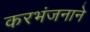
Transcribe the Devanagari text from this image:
करभंजनाने